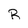
Character: R